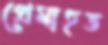
প্রেমাহত